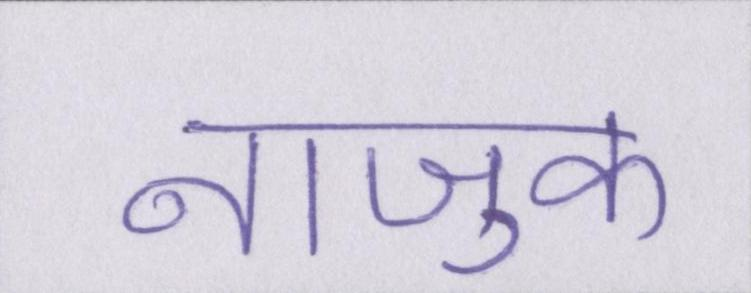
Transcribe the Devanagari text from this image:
नाजुक